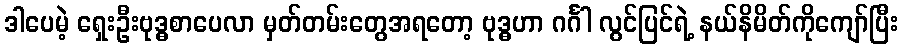
ဒါပေမဲ့ ရှေးဦးဗုဒ္ဓစာပေလာ မှတ်တမ်းတွေအရတော့ ဗုဒ္ဓဟာ ဂင်္ဂါ လွင်ပြင်ရဲ့ နယ်နိမိတ်ကိုကျော်ပြီး